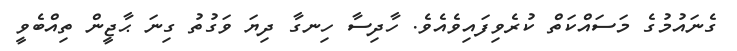
ގެނައުމުގެ މަސައްކަތް ކުރެވިފައިވެއެވެ. ހާދިސާ ހިނގާ ދިޔަ ވަގުތު ގިނަ ޙާޖީން ތިއްބެވީ